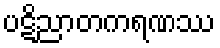
ပဋိညာတကရဏဿ